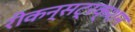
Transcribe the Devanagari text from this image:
रीकन्सट्रक्शन